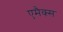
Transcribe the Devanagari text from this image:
एमैक्स